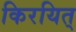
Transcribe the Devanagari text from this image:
किरयित्